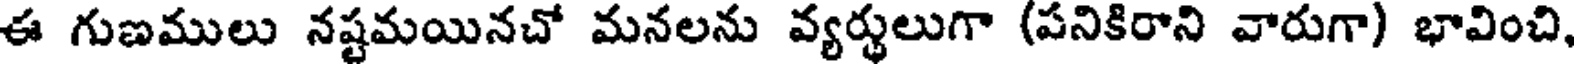
ఈ గుణములు నష్టమయినచో మనలను వ్యర్థులుగా (పనికిరాని వారుగా) భావించి,